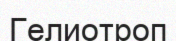
Гелиотроп